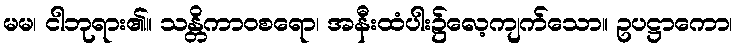
မမ၊ ငါဘုရား၏။ သန္တိကာဝစရော၊ အနီးထံပါး၌လေ့ကျက်သော။ ဥပဋ္ဌာကော၊